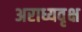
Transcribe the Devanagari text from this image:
अराध्यवृक्ष